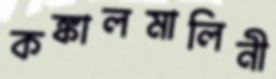
কঙ্কালমালিনী